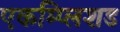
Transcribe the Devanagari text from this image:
एकम्प्लिशड